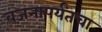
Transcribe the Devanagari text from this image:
वजनापर्यंतचा